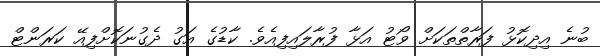
ބުނެ އިދިކޮޅު ފަރާތްތަކަށް ވޯޓު އަޅާ ފުރާލައިފިއެވެ. ކާޑުގެ އަގު ދެގުނަކޮށްފިއޭ ކަރަންޓް